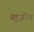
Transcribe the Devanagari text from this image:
ब्यूजोन